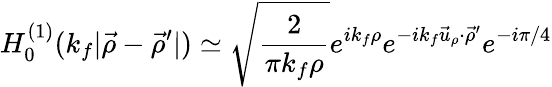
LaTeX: H_{0}^{(1)}(k_{f}\vert\vec{\rho}-\vec{\rho}^{\prime}\vert)\simeq\sqrt{\frac{2}{\pi k_{f}\rho}}e^{ik_{f}\rho}e^{-ik_{f}\vec{u}_{\rho}\cdot\vec{\rho}^{\prime}}e^{-i\pi/4}